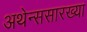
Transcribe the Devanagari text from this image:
अथेन्ससारख्या